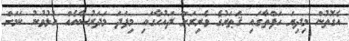
އެގޮތުން މިދިޔަ ހަފްތާގައި ޤަޠަރުގެ ވެރިރަށް ދައުޙާގައި މިފަދަ މަދަރުސާއެއް ހުޅުވުނު ކަމަށް